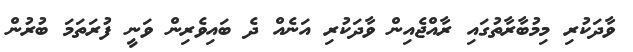
ވާދަކުރި މިމުބާރާތުގައި ރާއްޖެއިން ވާދަކުރި އަނެއް ދެ ބައިވެރިން ވަނީ ފުރަތަމަ ބުރުން